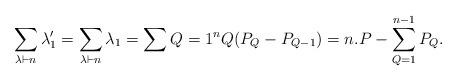
LaTeX: \begin{align*}\sum_{\lambda \vdash n } \lambda_1'=\sum_{\lambda \vdash n } \lambda_1=\sum{Q=1}^n Q (P_Q - P_{Q-1} )=n.P - \sum_{Q=1}^{n-1} P_Q{}.\end{align*}